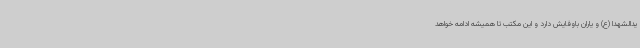
یدالشهدا (ع) و یاران باوفایش دارد و این مکتب تا همیشه ادامه خواهد